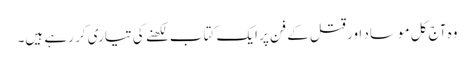
وہ آج کل موساد اور قتل کے فن پر ایک کتاب لکھنے کی تیاری کر رہے ہیں۔